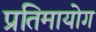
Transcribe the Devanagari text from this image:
प्रतिमायोग